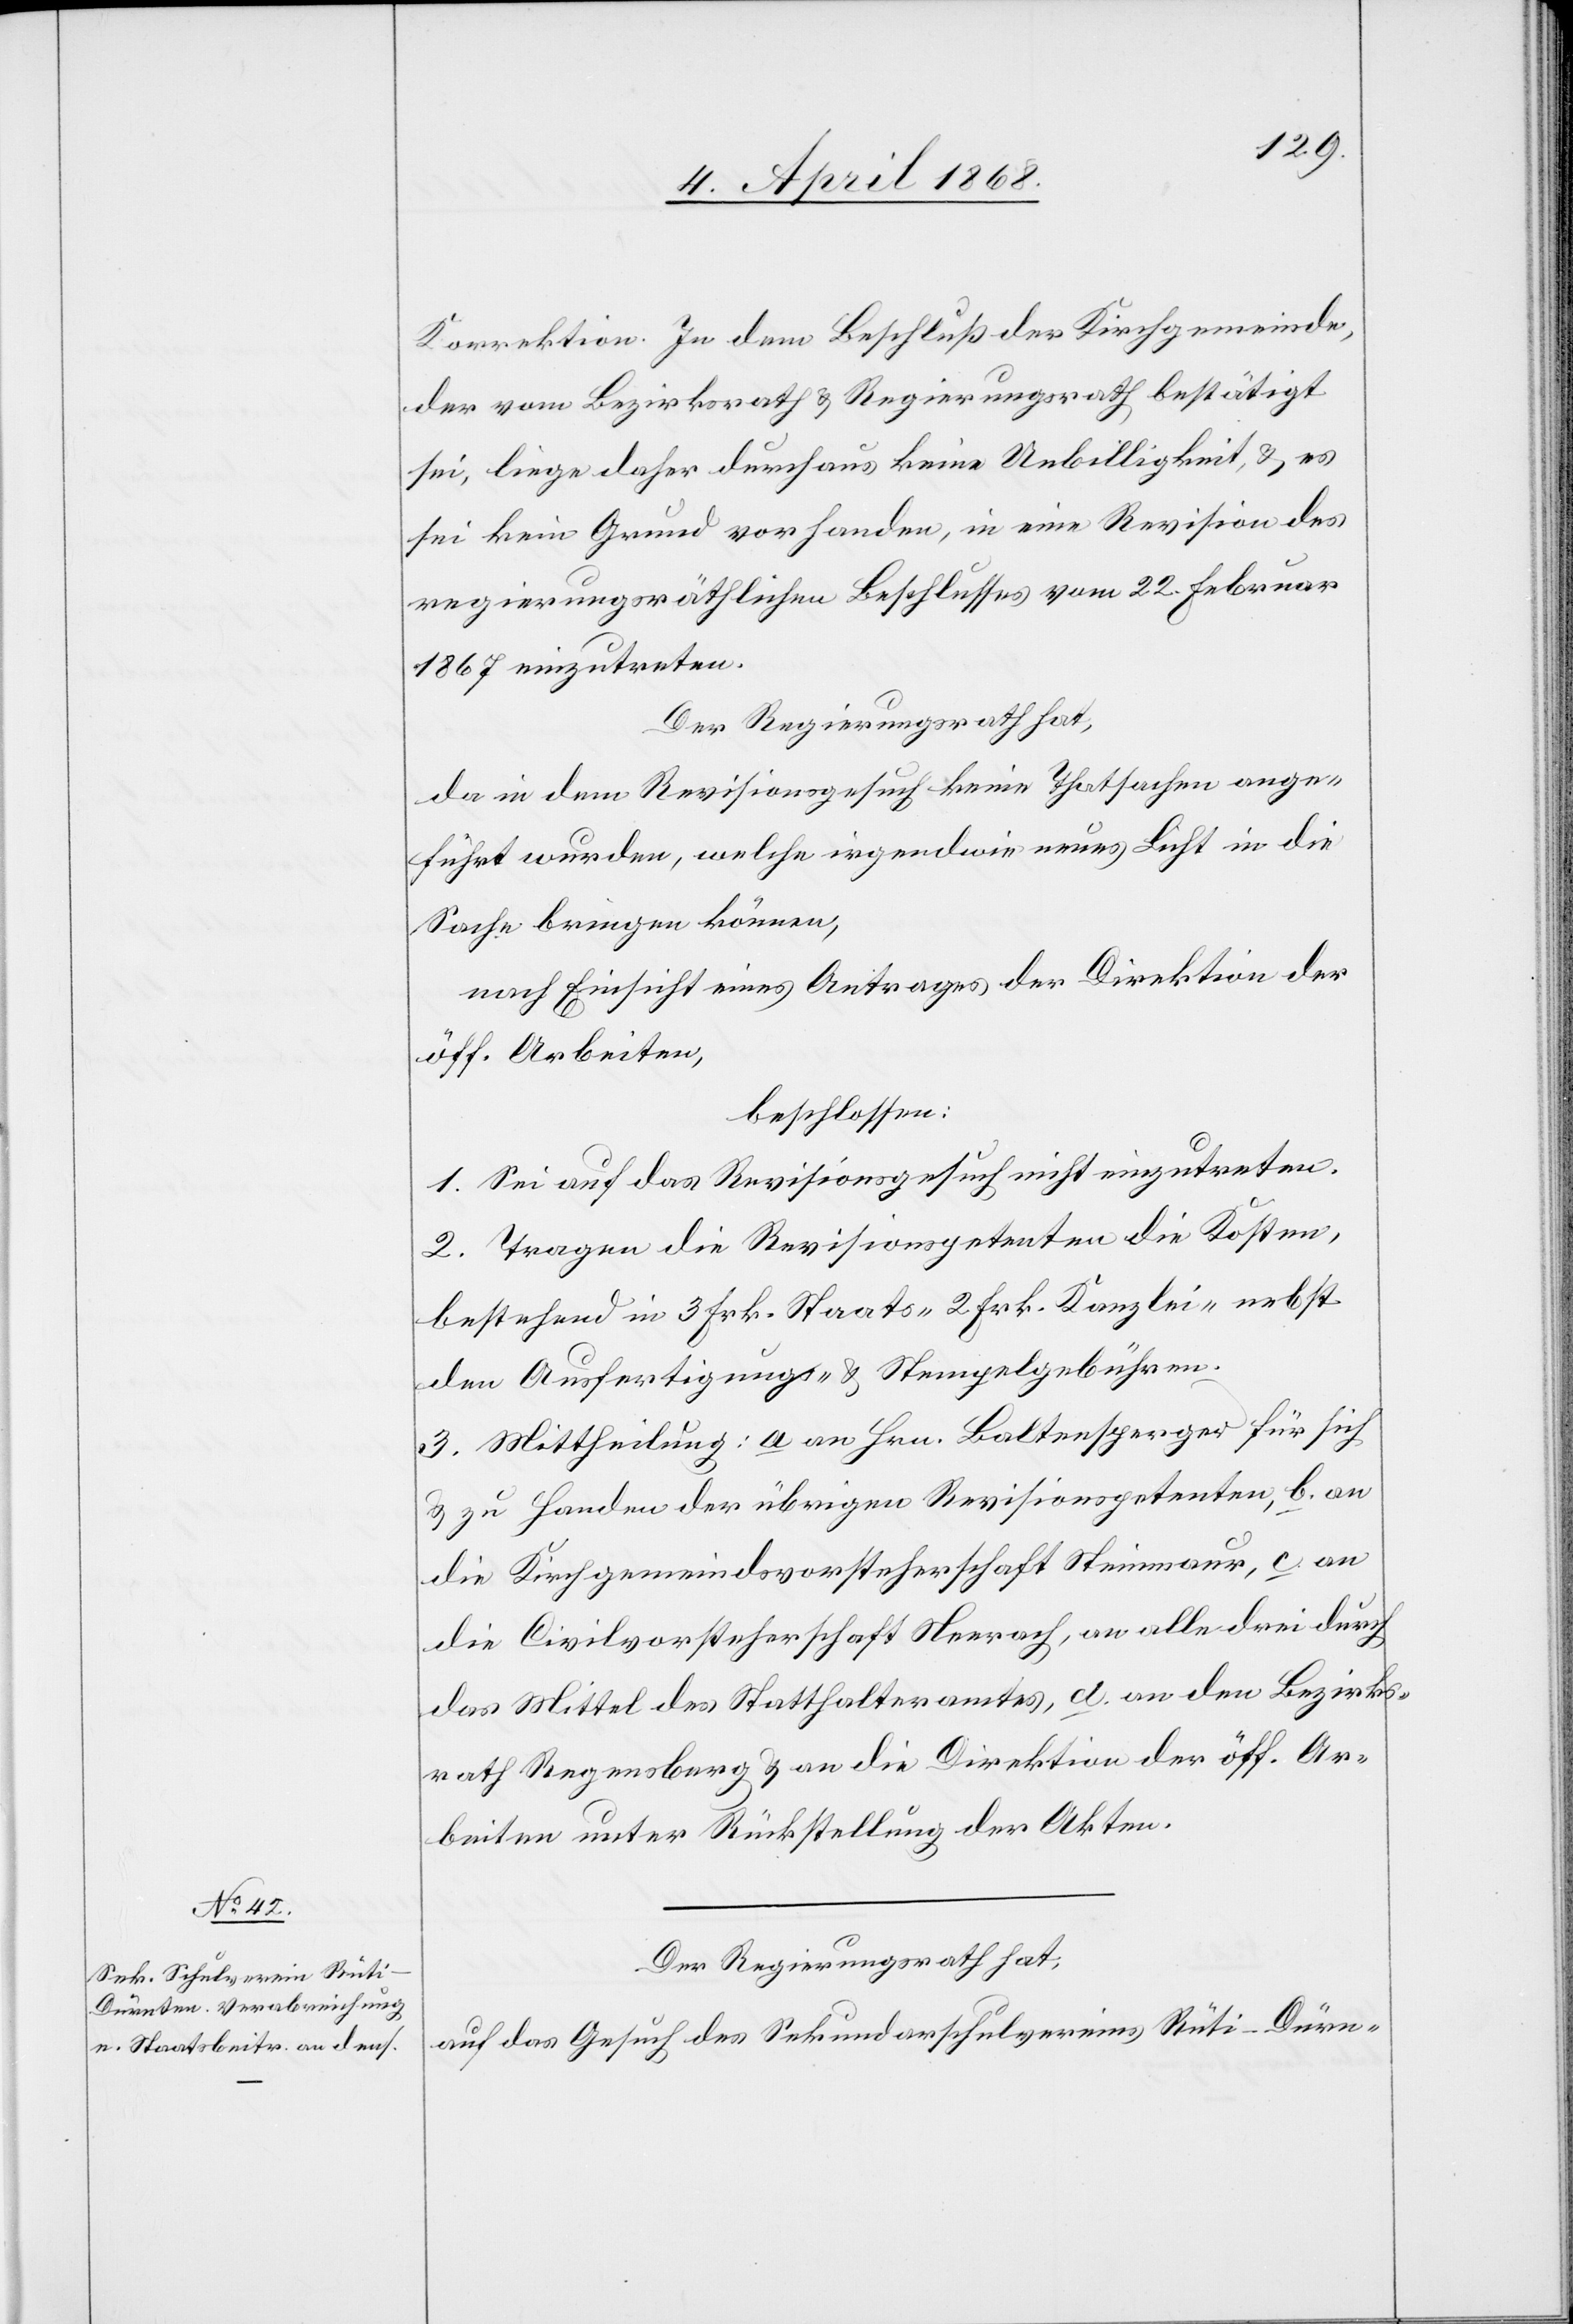
Korrektion. In dem Beschluß der Kirchgemeinde,
der vom Bezirksrath & Regierungsrath bestätigt
sei, liege daher durchaus keine Unbilligkeit, & es
sei kein Grund vorhanden, in eine Revision des
regierungsräthlichen Beschlusses vom 22. Februar
1867 einzutreten.[“]
Der Regierungsrath hat,
da in dem Revisionsgesuch keine Thatsachen ange¬
führt wurden, welche irgendwie neues Licht in die
Sache bringen können,
nach Einsicht eines Antrages der Direktion der
öff. Arbeiten,
beschlossen:
1. Sei auf das Revisionsgesuch nicht einzutreten.
2. Tragen die Revisionspetenten die Kosten,
bestehend in 3 Frk. Staats-[,] 2 Frk. Kanzlei-[,] nebst
den Ausfertigungs- & Stempelgebühren.
3. Mittheilung: a an Hrn. Baltensperger für sich
& zu Handen der übrigen Revisionspetenten, b. an
die Kirchgemeindsvorsteherschaft Steinmaur, c. an
die Civilvorsteherschaft Neerach, an alle drei durch
das Mittel des Statthalteramtes, d. an den Bezirks¬
rath Regensberg & an die Direktion der öff. Ar¬
beiten unter Rückstellung der Akten.
Der Regierungsrath hat,
auf das Gesuch des Sekundarschulvereins Rüti-Dürn-